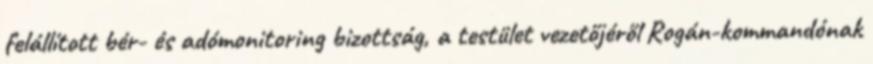
felállított bér- és adómonitoring bizottság, a testület vezetőjéről Rogán-kommandónak